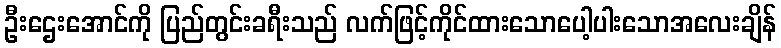
ဦးဌေးအောင်ကို ပြည်တွင်းခရီးသည် လက်ဖြင့်ကိုင်ထားသောပေါ့ပါးသောအလေးချိန်